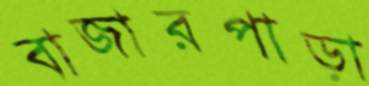
বাজারপাড়া